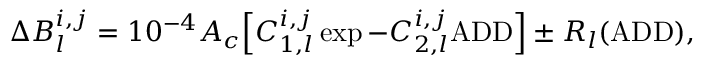
\Delta B _ { l } ^ { i , j } = 1 0 ^ { - 4 } A _ { c } \Bigl [ C _ { 1 , l } ^ { i , j } \exp { - C _ { 2 , l } ^ { i , j } \mathrm { A D D } } \Bigr ] \pm R _ { l } ( \mathrm { A D D } ) ,